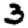
Digit: 3